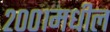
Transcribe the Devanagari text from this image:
२००१मधील